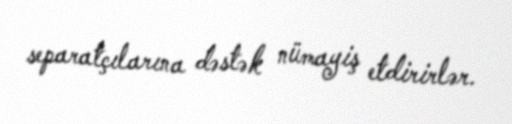
separatçılarına dəstək nümayiş etdirirlər.